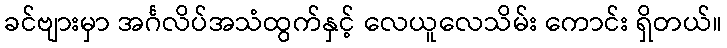
ခင်ဗျားမှာ အင်္ဂလိပ်အသံထွက်နှင့် လေယူလေသိမ်း ကောင်း ရှိတယ်။